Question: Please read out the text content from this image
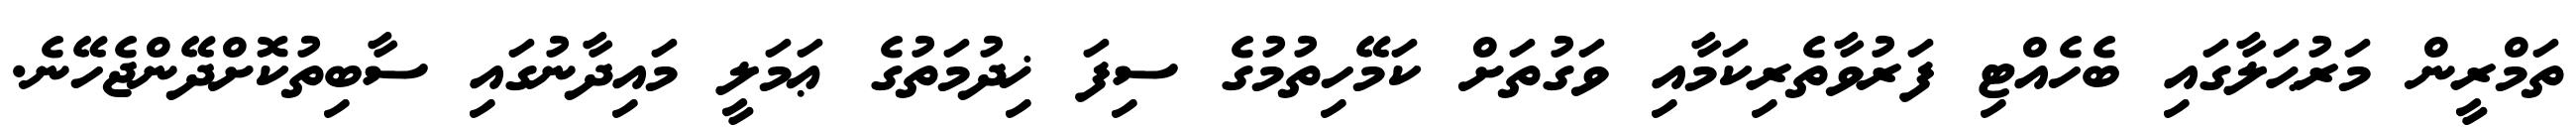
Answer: ތަމްރީން މަރުޙަލާގައި ބެހެއްޓި ފަރުވާތެރިކަމާއި ވަގުތަށް ކަމޭހިތުމުގެ ސިފަ ޚިދުމަތުގެ ޢަމަލީ މައިދާނުގައި ސާބިތުކޮށްދޭންޖެހޭނެ.